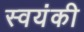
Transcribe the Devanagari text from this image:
स्वयंकी